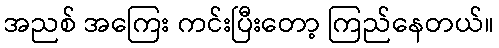
အညစ် အကြေး ကင်းပြီးတော့ ကြည်နေတယ်။